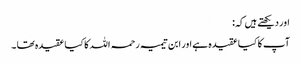
اور دیکھتے ہیں کہ:
آپ کا کیا عقیدہ ہے اور ابن تیمیہ رحمہ اللہ کا کیا عقیدہ تھا ۔